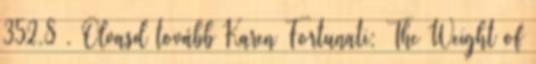
352,8 . Olvasd tovább Karen Fortunati: The ​Weight of